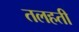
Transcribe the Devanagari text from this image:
तलहती